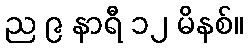
ည ၉ နာရီ ၁၂ မိနစ်။